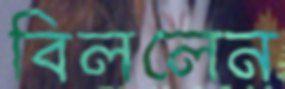
বিললেন